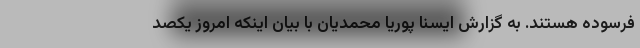
فرسوده هستند. به گزارش ایسنا پوریا محمدیان با بیان اینکه امروز یکصد